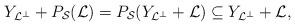
LaTeX: \begin{align*}Y_{\mathcal{L}^{\perp}} + P_{\mathcal{S}}(\mathcal{L}) = P_{\mathcal{S}}( Y_{\mathcal{L}^{\perp}} +\mathcal{L}) \subseteq Y_{\mathcal{L}^{\perp}} + \mathcal{L},\end{align*}